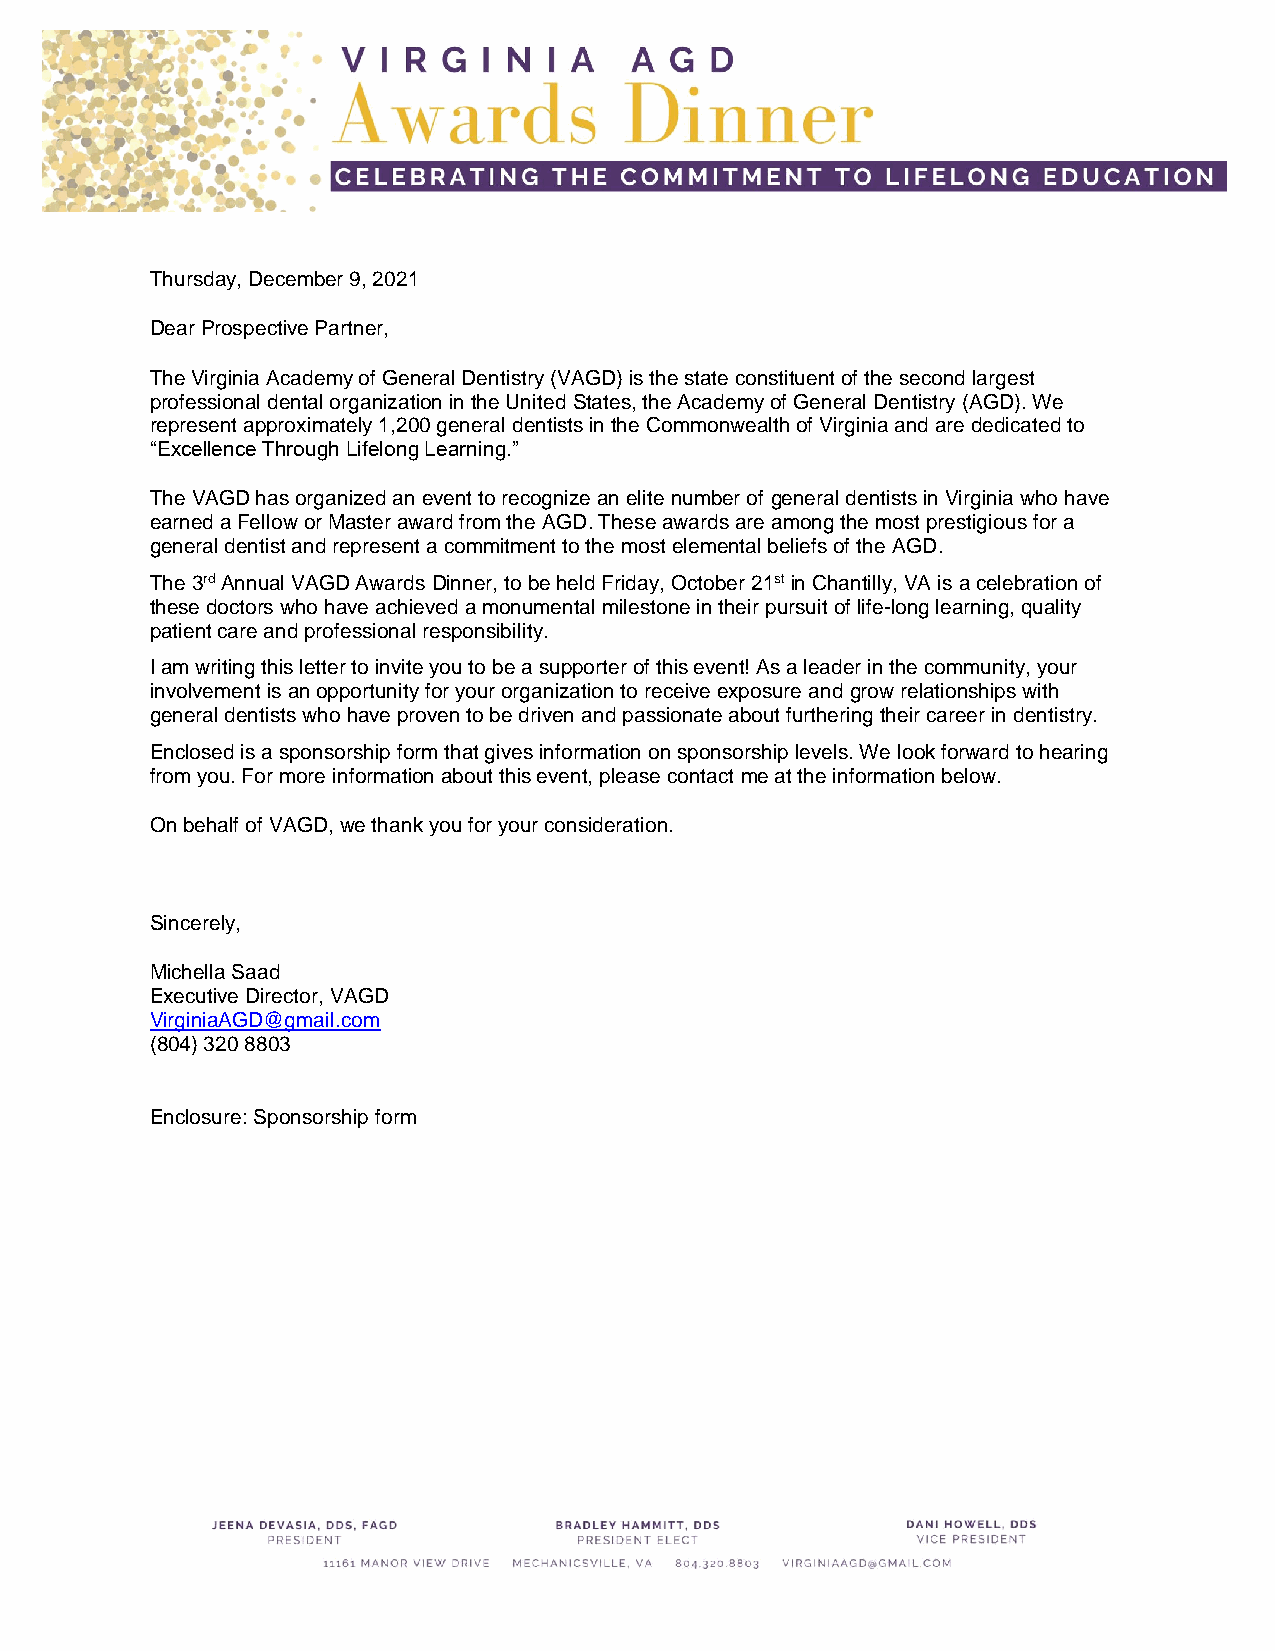
Thursday, December 9, 2021
 Dear Prospective Partner,
 The Virginia Academy of General Dentistry (VAGD) is the state constituent of the second largest
 professional dental organization in the United States, the Academy of General Dentistry (AGD). We
 represent approximately 1,200 general dentists in the Commonwealth of Virginia and are dedicated to
 “Excellence Through Lifelong Learning.”
 The VAGD has organized an event to recognize an elite number of general dentists in Virginia who have
 earned a Fellow or Master award from the AGD. These awards are among the most prestigious for a
 general dentist and represent a commitment to the most elemental beliefs of the AGD.
 The 3rd Annual VAGD Awards Dinner, to be held Friday, October 21st in Chantilly, VA is a celebration of
 these doctors who have achieved a monumental milestone in their pursuit of life-long learning, quality
 patient care and professional responsibility.
 I am writing this letter to invite you to be a supporter of this event! As a leader in the community, your
 involvement is an opportunity for your organization to receive exposure and grow relationships with
 general dentists who have proven to be driven and passionate about furthering their career in dentistry.
 Enclosed is a sponsorship form that gives information on sponsorship levels. We look forward to hearing
 from you. For more information about this event, please contact me at the information below.
 On behalf of VAGD, we thank you for your consideration.
 Sincerely,
 Michella Saad
 Executive Director, VAGD
 VirginiaAGD@gmail.com
 (804) 320 8803
 Enclosure: Sponsorship form